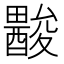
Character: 𨢽